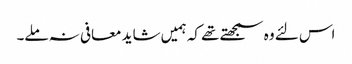
اس لئے وہ سمجھتے تھے کہ ہمیں شاید معافی نہ ملے۔